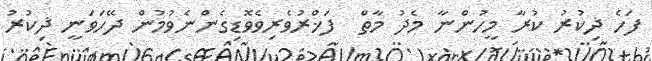
ފަހެ ޛިކުރު ކުރާ މީހުންނާ މެދު މާތް  ފަޚްރުވެރިވެވޮޑިގެންނެވުމުން ދޭހަވަނީ ޛިކުރު